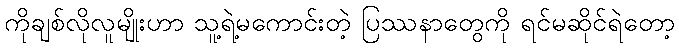
ကိုချစ်လိုလူမျိုးဟာ သူ့ရဲ့မကောင်းတဲ့ ပြဿနာတွေကို ရင်မဆိုင်ရဲတော့